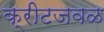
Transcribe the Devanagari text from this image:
क्रीटजवळ